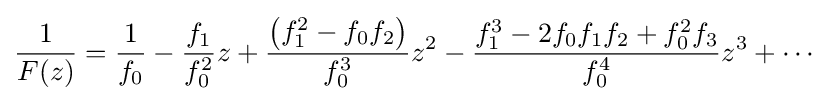
{\frac {1}{F(z)}}={\frac {1}{f_{0}}}-{\frac {f_{1}}{f_{0}^{2}}}z+{\frac {\left(f_{1}^{2}-f_{0}f_{2}\right)}{f_{0}^{3}}}z^{2}-{\frac {f_{1}^{3}-2f_{0}f_{1}f_{2}+f_{0}^{2}f_{3}}{f_{0}^{4}}}z^{3}+\cdots